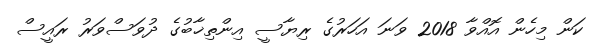
ކަން މިހެން އޮއްވާ 2018 ވަނަ އަހަރުގެ ރިޔާސީ އިންތިޚާބުގެ ދުވަސްވަރު ރައީސް